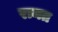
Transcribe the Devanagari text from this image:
रामत